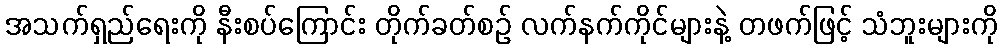
အသက်ရှည်ရေးကို နီးစပ်ကြောင်း တိုက်ခတ်စဉ် လက်နက်ကိုင်များနဲ့ တဖက်ဖြင့် သံဘူးများကို